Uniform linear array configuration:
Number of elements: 12
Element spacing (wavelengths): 1
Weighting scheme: binomial
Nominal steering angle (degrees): -30
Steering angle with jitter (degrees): -28.369
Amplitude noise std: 0.05
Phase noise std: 0.05

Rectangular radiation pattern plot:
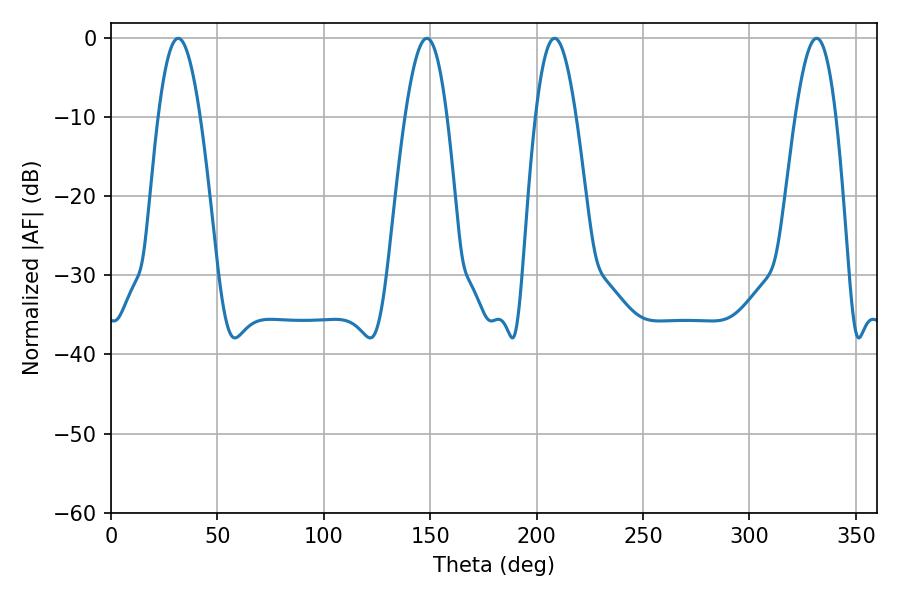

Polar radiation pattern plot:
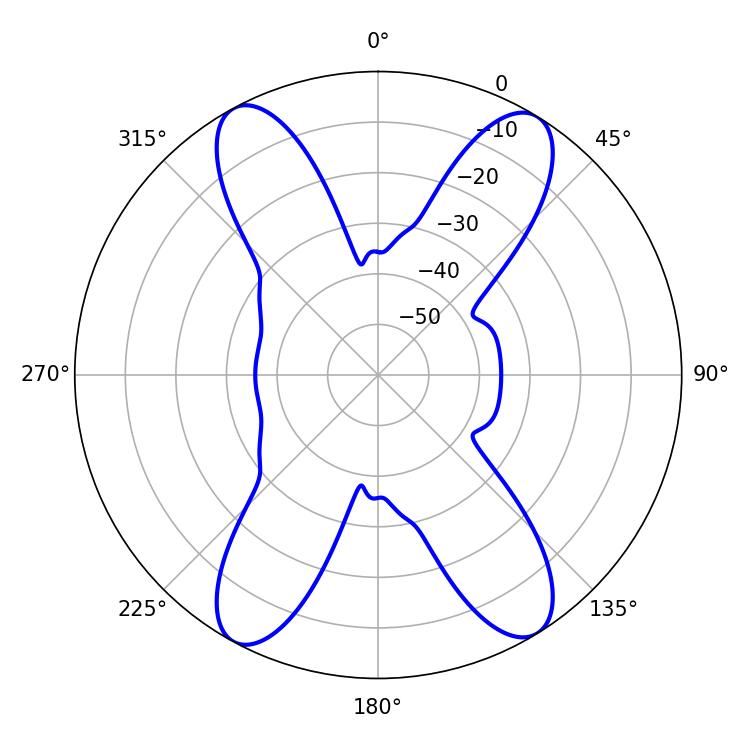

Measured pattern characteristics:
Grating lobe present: TRUE
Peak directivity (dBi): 19.155
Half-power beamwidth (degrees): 10.44
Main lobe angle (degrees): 331.56